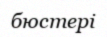
бюстері